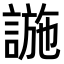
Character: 𧩹